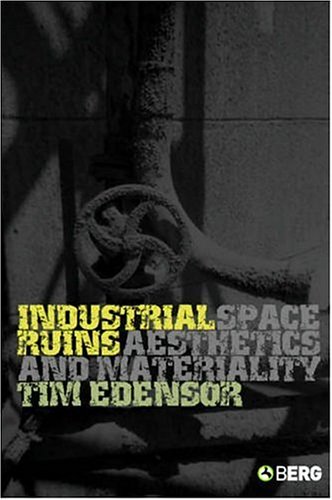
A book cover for Industrial Ruins: Space, Aesthetics and Materiality; Tim Edensor; Arts & Photography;